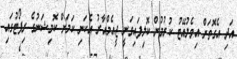
އަދި އެގޮތަށް އިވެލުއޭޓު ކުރުމުން ކޮލިފައިވަނީ ޖީއެމްއާރު އެކަނި ކަމަށް ކޮމިޝަނުގެ ރިޕޯޓުގައި